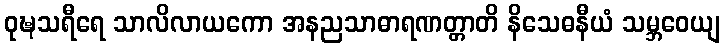
ဝုဍ္ဎသရီရေ သာလိလာယကော အနညသာဓာရဏတ္တာတိ နိသေဓနီယံ သမ္ဘဝေယျ